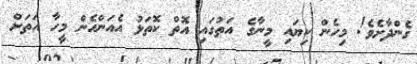
ގެންދާށެވެ! މިހެން ކިޔައި މީނާގެ އަތުގައި އޮތް ކޮތަޅު އެއަންހެން މީހާ އަތަށް